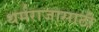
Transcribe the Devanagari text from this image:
धर्मराजासाठी